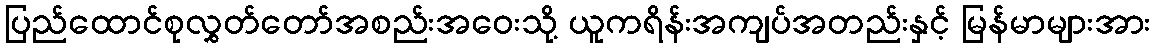
ပြည်ထောင်စုလွှတ်တော်အစည်းအဝေးသို့ ယူကရိန်းအကျပ်အတည်းနှင့် မြန်မာများအား